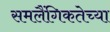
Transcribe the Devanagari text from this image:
समलैंगिकतेच्या